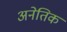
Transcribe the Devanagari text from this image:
अनेतिक